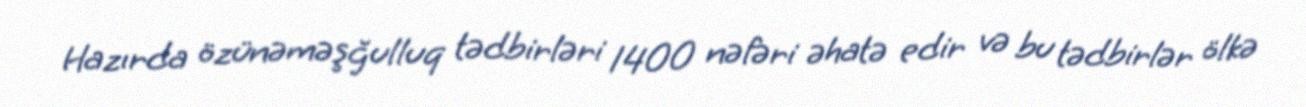
Hazırda özünəməşğulluq tədbirləri 1400 nəfəri əhatə edir və bu tədbirlər ölkə